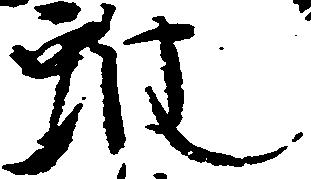
雖